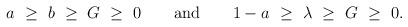
LaTeX: \begin{align*}a\ \geq\ b\ \geq\ G\ \geq\ 0\qquad {\rm and} \qquad 1-a\ \geq \ \lambda\ \geq\ G\ \geq\ 0. \end{align*}